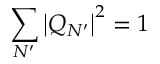
\sum _ { N ^ { \prime } } \left| Q _ { N ^ { \prime } } \right| ^ { 2 } = 1